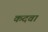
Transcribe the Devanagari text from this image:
कदवा